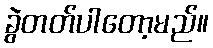
ခွဲတတ်ပါတော့မည်။